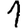
Digit: 1